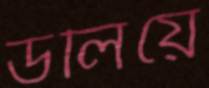
ডলিয়ে